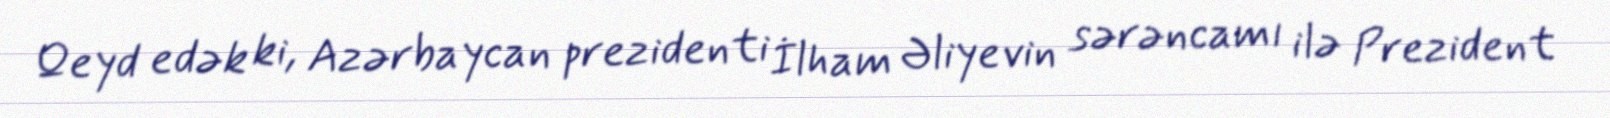
Qeyd edək ki, Azərbaycan prezidenti İlham Əliyevin sərəncamı ilə Prezident